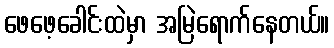
ဖေဖေ့ခေါင်းထဲမှာ အမြဲရောက်နေတယ်။